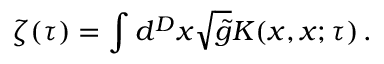
\zeta ( \tau ) = \int d ^ { D } x \sqrt { \tilde { g } } K ( x , x ; \tau ) \, .